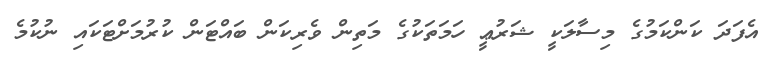
އެފަދަ ކަންކަމުގެ މިސާލަކީ ޝަރުޢީ ހަމަތަކުގެ މަތިން ވެރިކަން ބައްޓަން ކުރުމަށްޓަކައި ނުކުމެ